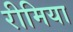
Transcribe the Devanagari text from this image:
रीमिया